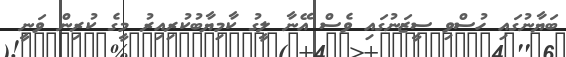
ބަޔާނުގައި ހުސްވި ސީޒަނުގައި ވެސް އޭނާ ލީގު ކާމިޔާބުކުރިއިރު މީގެ ކުރިން ވަނީ